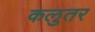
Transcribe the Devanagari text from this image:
कलुतर